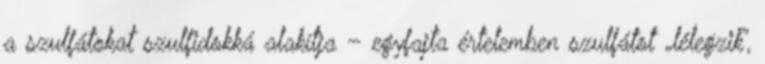
a szulfátokat szulfidokká alakítja – egyfajta értelemben szulfátot „lélegzik”,